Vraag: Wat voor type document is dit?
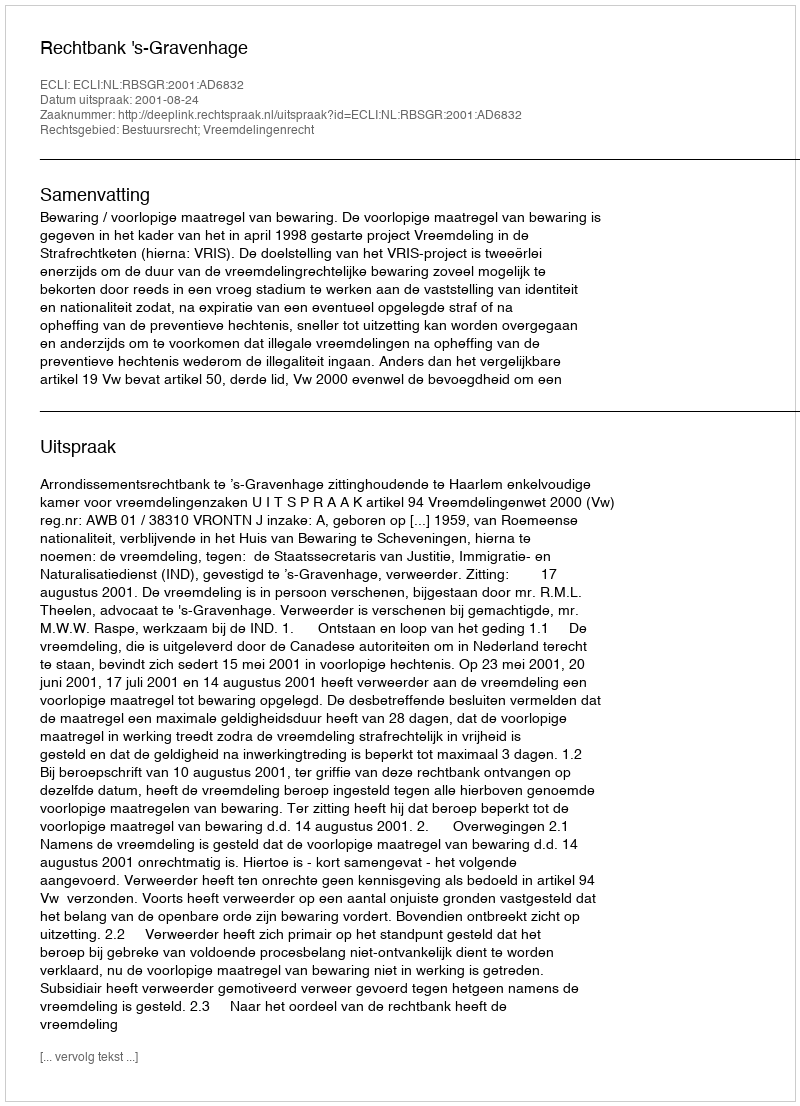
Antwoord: Uitspraak